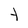
Character: Y